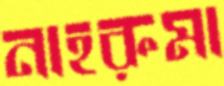
নাহরুমা